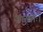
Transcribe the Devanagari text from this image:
जान्वोः।